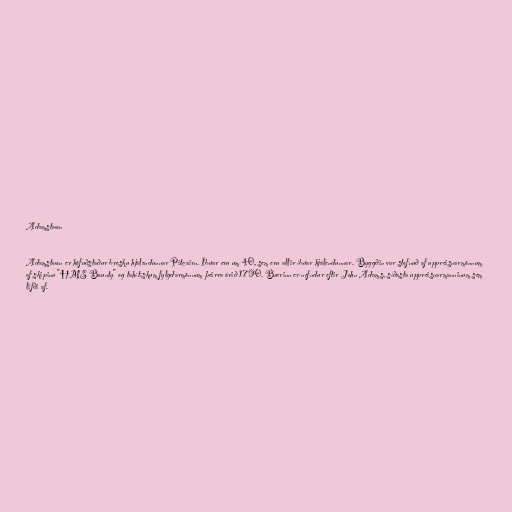
Adamstown

Adamstown er höfuðstaður bresku hjálendunnar Pitcairn. Íbúar eru um 40, sem eru allir íbúar hjálendunnar. Byggðin var stofnuð af uppreisnarmönnum
af skipinu "HMS Bounty" og tahítískum fylgdarmönnum þeirra árið 1790. Bærinn er nefndur eftir John Adams, síðasta uppreisnarmanninum sem
lifði af.